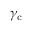
\gamma _ { \mathrm { c } }